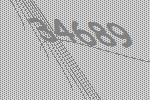
34689